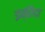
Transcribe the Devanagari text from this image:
इब्तिदा